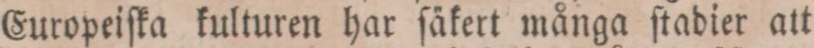
Europeiſka kulturen har ſäkert många ſtadier att